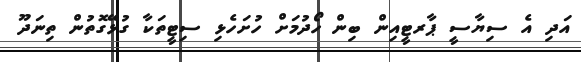
އަދި އެ ސިޔާސީ ޕާރޓީއިން ބިން ހޯދުމަށް ހުށަހެޅި ސިޓީތަކާ ގުޅޭގޮތުން ތިނަދޫ